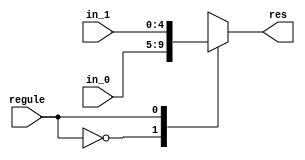
`timescale 1ns/1ns

module mux_5 (
	input [4:0]in_0,
	input [4:0]in_1,
	input regule,
	output reg[4:0]res
);

always @* begin
	case (regule)
		1'b0:
		begin
			res <= in_0;
		end
		1'b1:
		begin
			res <= in_1;
		end
	endcase
end

endmodule